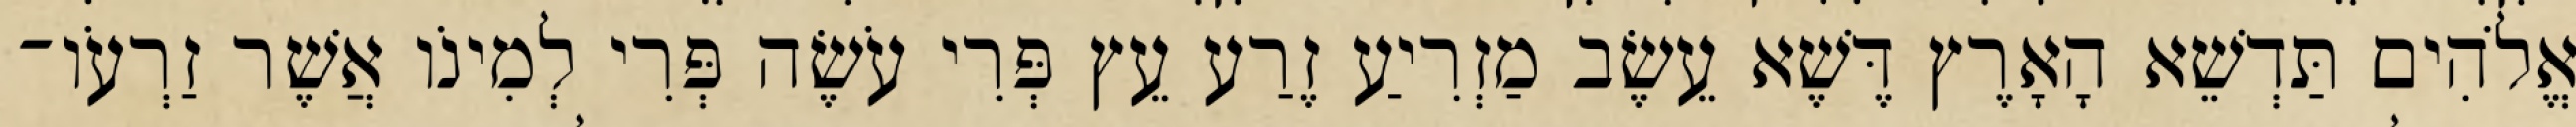
אֱלֹהִים תַּדְשֵׁא הָאָרֶץ דֶּשֶׁא עֵשֶׂב מַזְרִיעַ זֶרַע עֵץ פְּרִי עֹשֶׂה פְּרִי לְמִינֹו אֲשֶׁר זַרְעֹו־